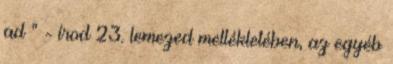
ad ” - írod 23. lemezed mellékletében, az egyéb